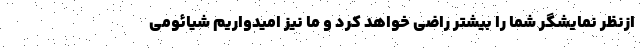
ازنظر نمایشگر شما را بیشتر راضی خواهد کرد و ما نیز امیدواریم شیائومی